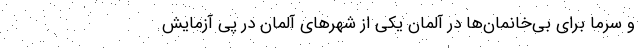
و سرما برای بی‌خانمان‌ها در آلمان یکی از شهرهای آلمان در پی آزمایش